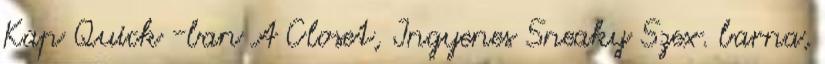
Kap Quick -ban A Closet, Ingyenes Sneaky Szex. barna,